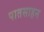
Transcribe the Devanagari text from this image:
पातसाहन